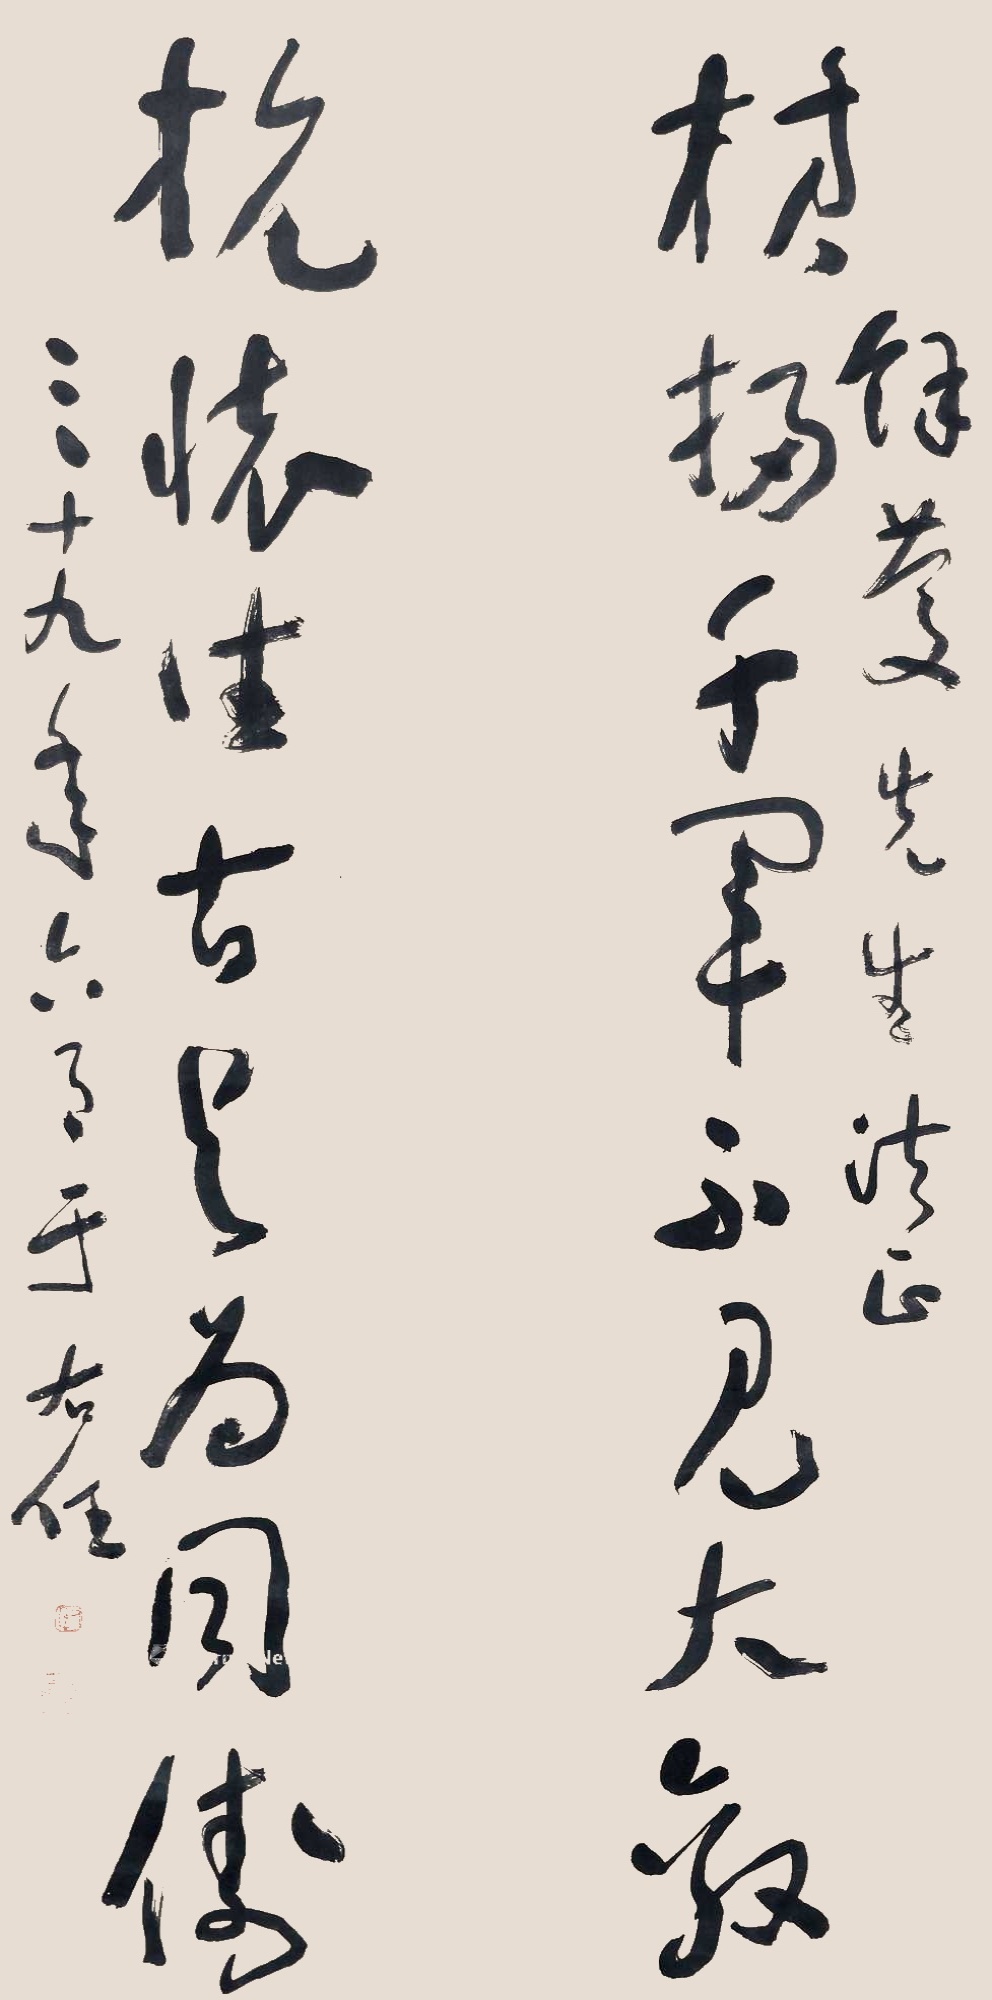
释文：横扫千军不见大敌，抗怀往古与为同俦。余双先生法正。三十九年六月于右任。